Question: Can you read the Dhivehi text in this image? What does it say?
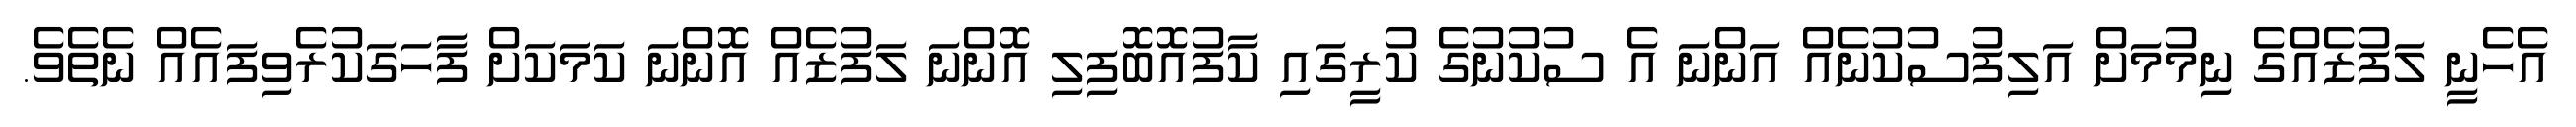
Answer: އެހެނީ ލަފުޒެއްގެ ނިމުމަށް އަލިފުސުކުނެއް އަންނަ އެ ސުކުނުގެ ކުރީގައި ކާފުއޮބޮފިލި އޮންނަ ލަފުޒެއް އޮންނަ ކަމަކަށް ފާހަގަކުރެވިފައެއް ނެތެވެ.